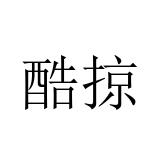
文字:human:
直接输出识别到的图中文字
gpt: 酷掠